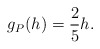
\begin{align*} \begin{aligned} g_P(h)=\frac{2}{5}h. \end{aligned} \end{align*}